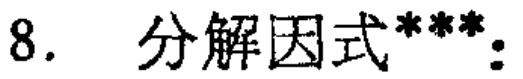
8. 分解因式***：